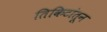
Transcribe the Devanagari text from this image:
तिकिटांतून